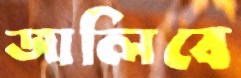
জালিবে